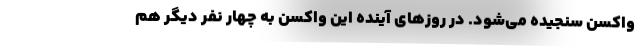
واکسن سنجیده می‌شود. در روزهای آینده این واکسن به چهار نفر دیگر هم